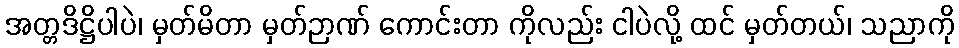
အတ္တဒိဋ္ဌိပါပဲ၊ မှတ်မိတာ မှတ်ဉာဏ် ကောင်းတာ ကိုလည်း ငါပဲလို့ ထင် မှတ်တယ်၊ သညာကို